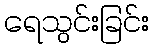
ရေသွင်းခြင်း